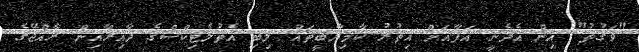
"ވަގުތު" އިން އެދެނީ އަފާއަށް އިތުރު ކާމިޔާބީތައް ލިބި އެތުލެޓިކްސްގެ ދާއިރާއިން ރާއްޖޭގެ